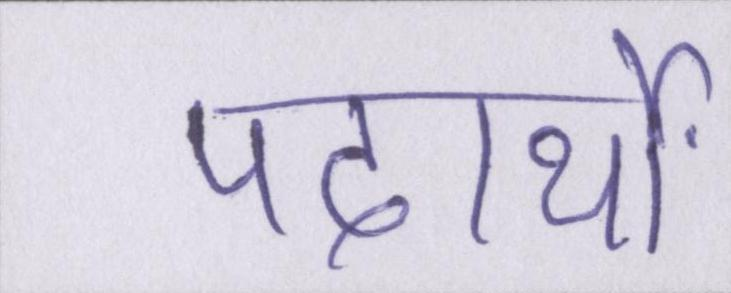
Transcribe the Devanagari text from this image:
पदार्थों